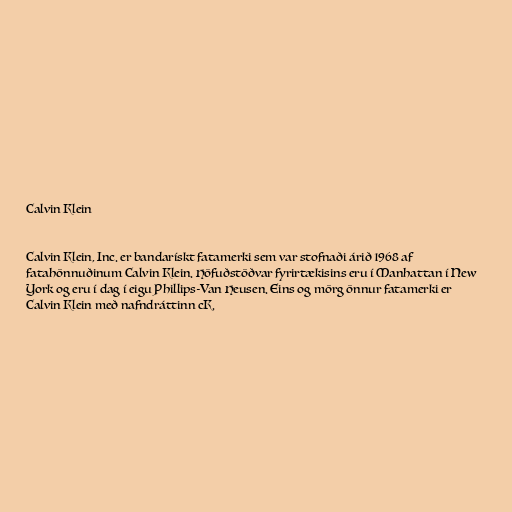
Calvin Klein

Calvin Klein, Inc. er bandarískt fatamerki sem var stofnaði árið 1968 af
fatahönnuðinum Calvin Klein. Höfuðstöðvar fyrirtækisins eru í Manhattan í New
York og eru í dag í eigu Phillips-Van Heusen. Eins og mörg önnur fatamerki er
Calvin Klein með nafndráttinn cK.